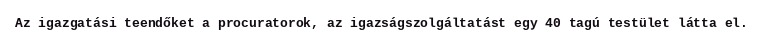
Az igazgatási teendőket a procuratorok, az igazságszolgáltatást egy 40 tagú testület látta el.